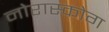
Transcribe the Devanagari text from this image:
नोरास्कोग